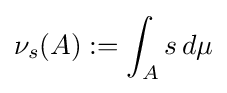
\nu _{s}(A):=\int _{A}s\,d\mu